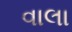
વાલા